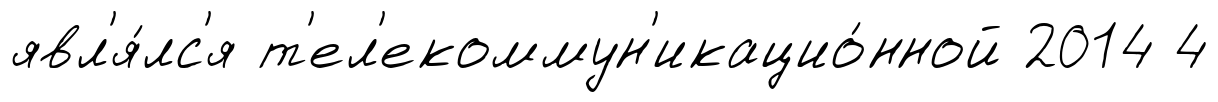
явл'я́лс'я т'ел'екоммун'икацио́нной 2014 4